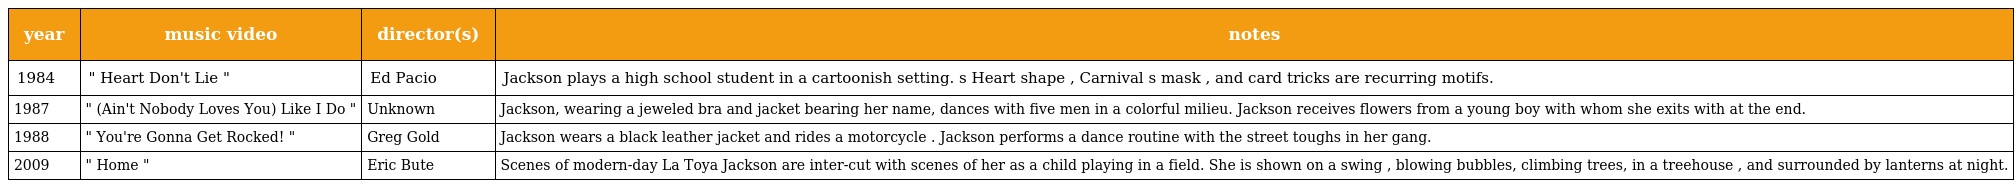
| year | music video | director(s) | notes |
 | --- | --- | --- | --- |
 | 1984 | " Heart Don't Lie " | Ed Pacio | Jackson plays a high school student in a cartoonish setting. s Heart shape , Carnival s mask , and card tricks are recurring motifs. |
 | 1987 | " (Ain't Nobody Loves You) Like I Do " | Unknown | Jackson, wearing a jeweled bra and jacket bearing her name, dances with five men in a colorful milieu. Jackson receives flowers from a young boy with whom she exits with at the end. |
 | 1988 | " You're Gonna Get Rocked! " | Greg Gold | Jackson wears a black leather jacket and rides a motorcycle . Jackson performs a dance routine with the street toughs in her gang. |
 | 2009 | " Home " | Eric Bute | Scenes of modern-day La Toya Jackson are inter-cut with scenes of her as a child playing in a field. She is shown on a swing , blowing bubbles, climbing trees, in a treehouse , and surrounded by lanterns at night. |